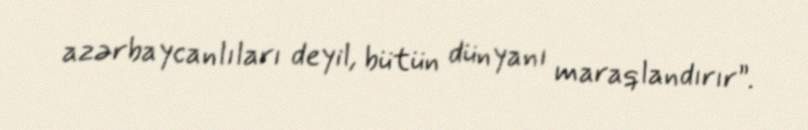
azərbaycanlıları deyil, bütün dünyanı maraqlandırır”.